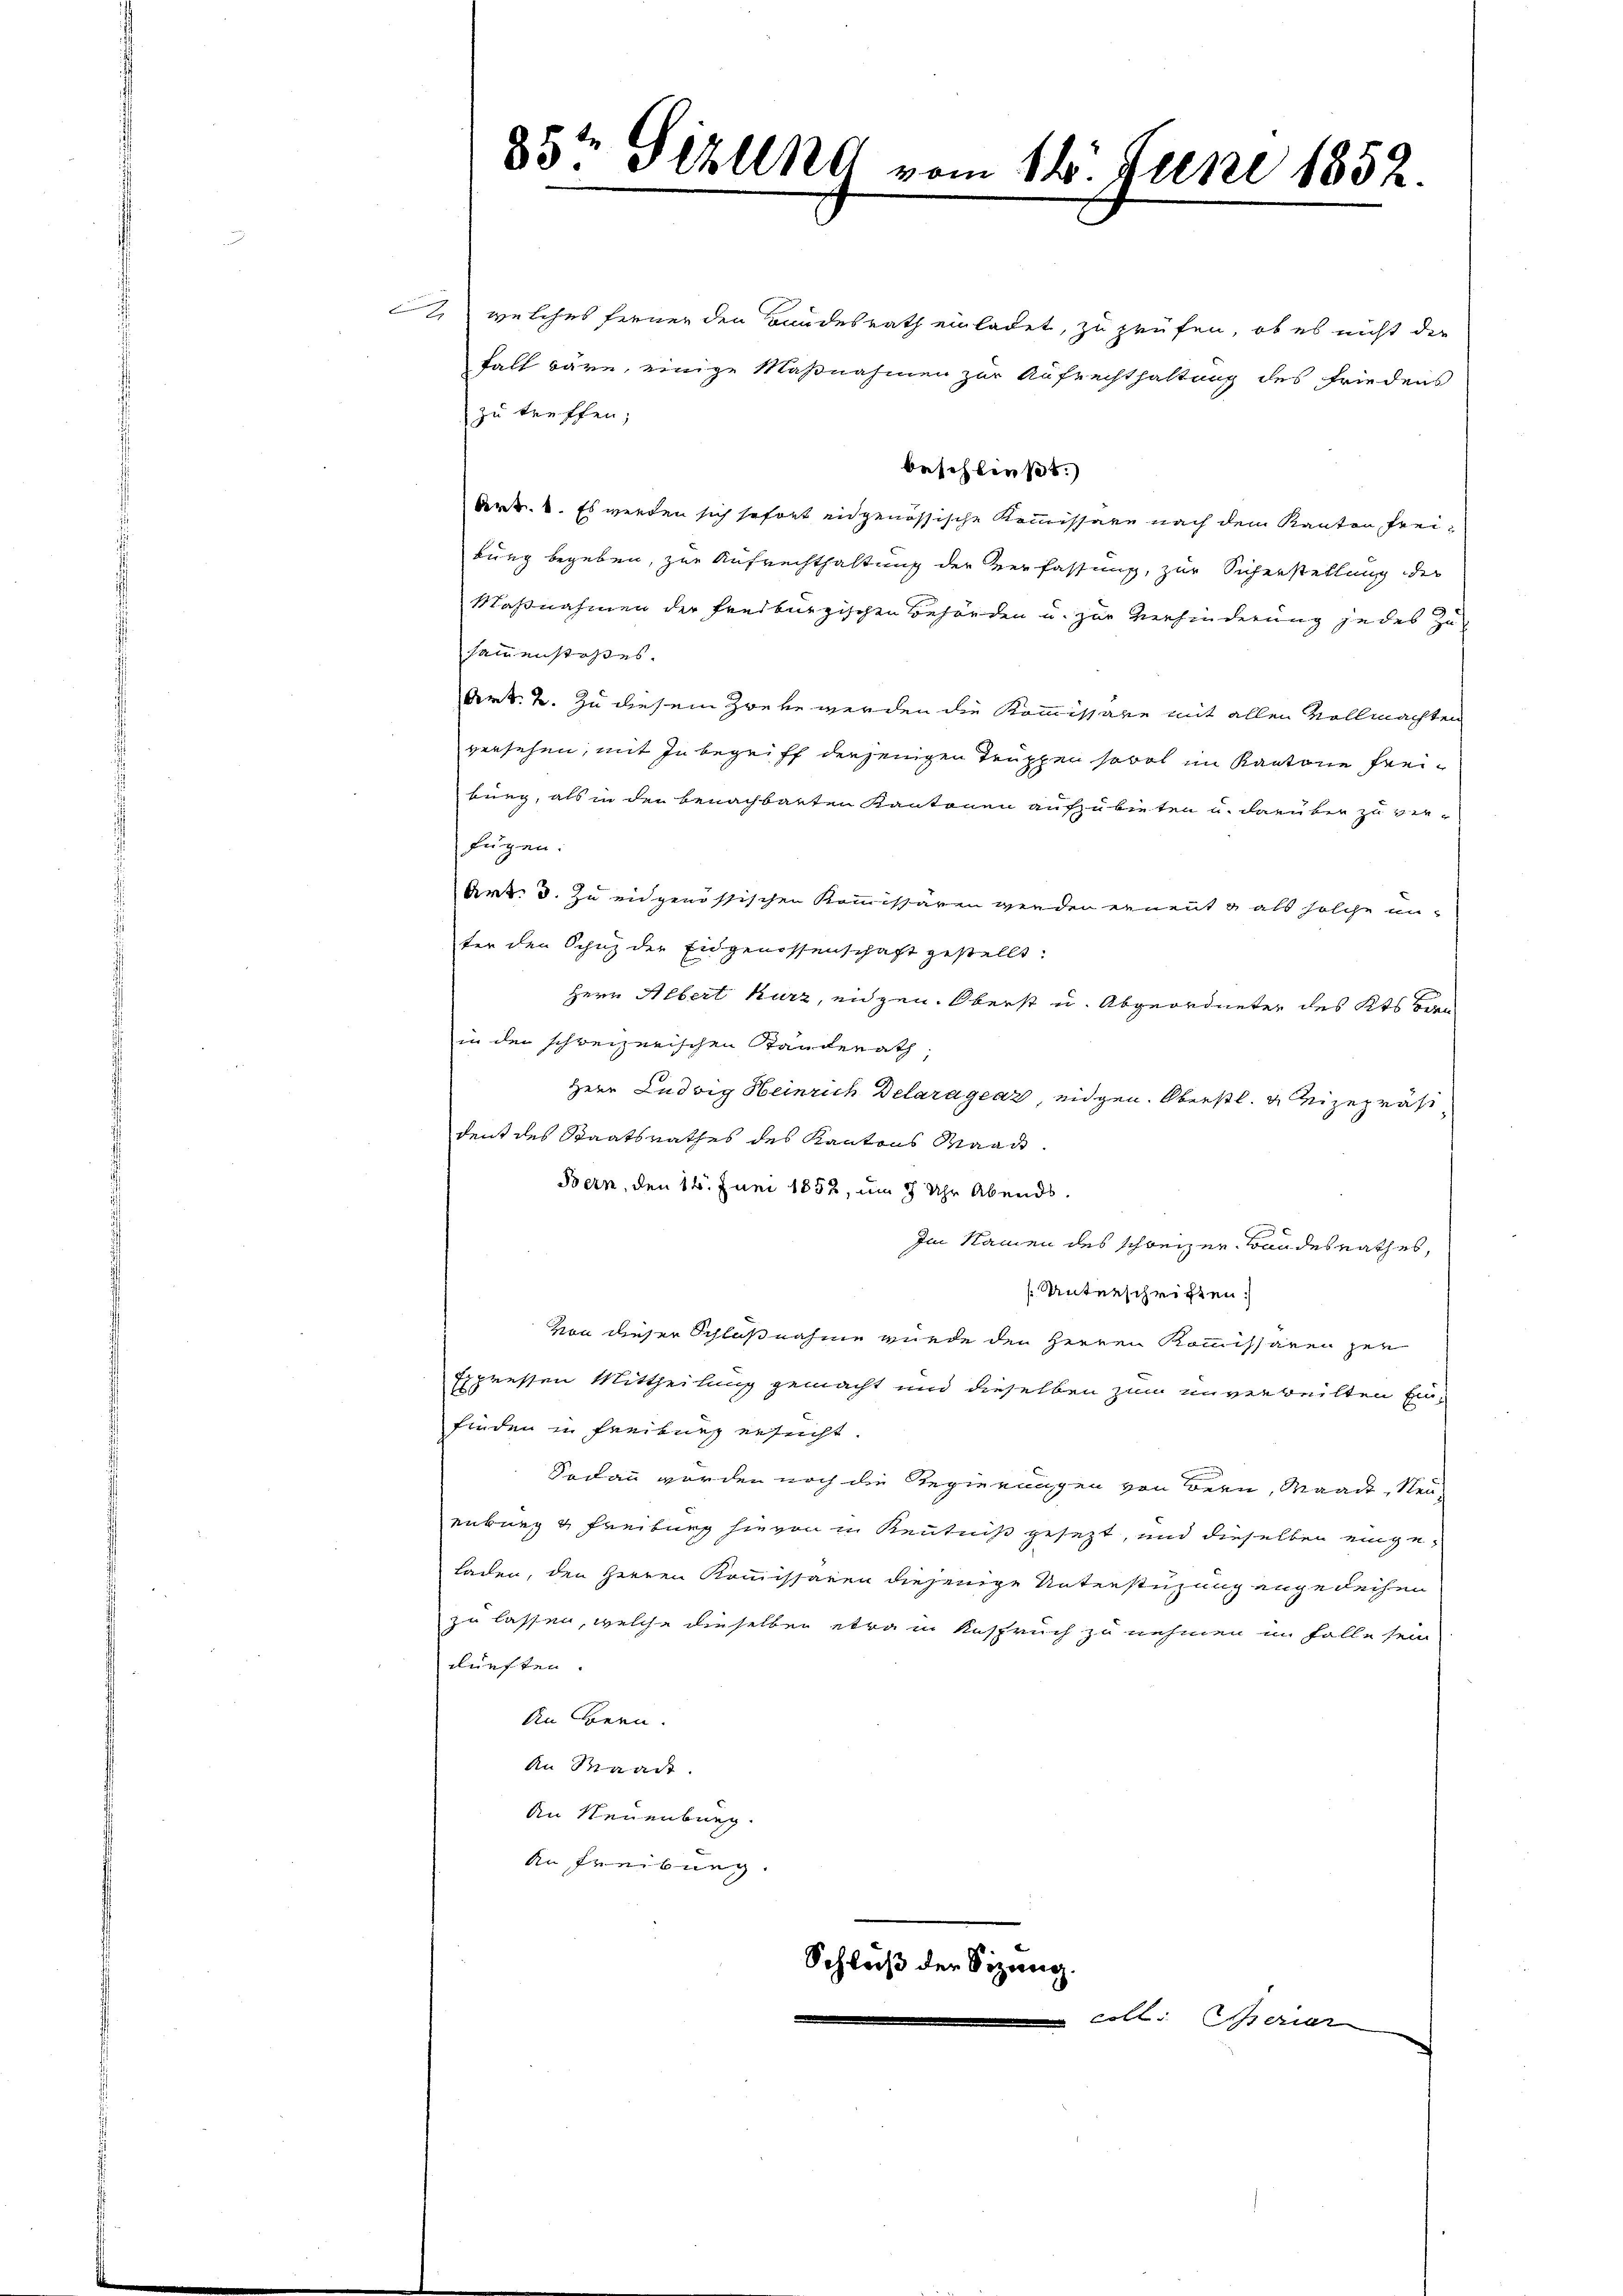
welches ferner den Bundesrath einladet, zu prüfen, ob es nicht der
falt wäre, einige Maßnahmen zur Aufrechthaltung des Friedens
zu treffen;
beschliess.)
Art. 1. Es werden sich sofort eidgenössische Kommissäre nach dem Kanton freiburg begeben, zur Aufrechthaltung der Verfassung, zur Sicherstellung des
Maßnahmen der freiburgischen Behörden u. zur Verhinderung je des Zusammenstoßes.
Art. 2. Zu diesem Zweke werden die Kommissäre mit allen Vollmachten
versehen, mit Inbegriff denjenigen Truppen sowol im Kantone freiburg, als in den benachbarten Kantonen aufzubieten u. darüber zu ver-
fügen:
Art: 3. Zu eidgenössischen Kommissären werden ernennt & als solche un-
ter den Schutz der Eidgenossenschaft gestellt:
Herr Albert kurz, eidgen. Oberst u. Abgeordneter des Kts Bau
in den schweizerischen Standerath,
Herr Ludwig Heinrich Delaragrar, eidgen. Oberstl. Vizepräsi
dent des Staatsrathes des Kantons Waadt
Bern, den 14. Juni 1852, um 7 Uhr Abends.
Im Namen des schweizer Bandesrathes,
Unterschriften.
von dieser Schlußnahme wurde den Herren Kommissären zur
Eppressen Mittheilung gemacht und dieselben zum unverweilten Einfinden in Freibung ersucht.
Sodann wurden noch die Regierungen von Bern, Waadt, Neuenburg u Freiburg hievon in Kenntniß gesezt, und dieselben einge¬
Laden, den Herren Kommissaren diejenige Unterstüzung angedeihen
zu lassen, welche dieselben etwa in Anspruch zu nehmen im Falle sein
lürften.
An Bern.
An Waadt
An Neuenburg.
An Freibung.
Schluß der Sitzung.
coll. Experier

85te Sihlend vom 11. Juni 1852.